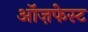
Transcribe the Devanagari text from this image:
ऑज़फेस्ट